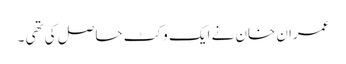
عمران خان نے ایک وکٹ حاصل کی تھی ۔